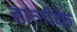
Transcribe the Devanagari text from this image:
हालांके